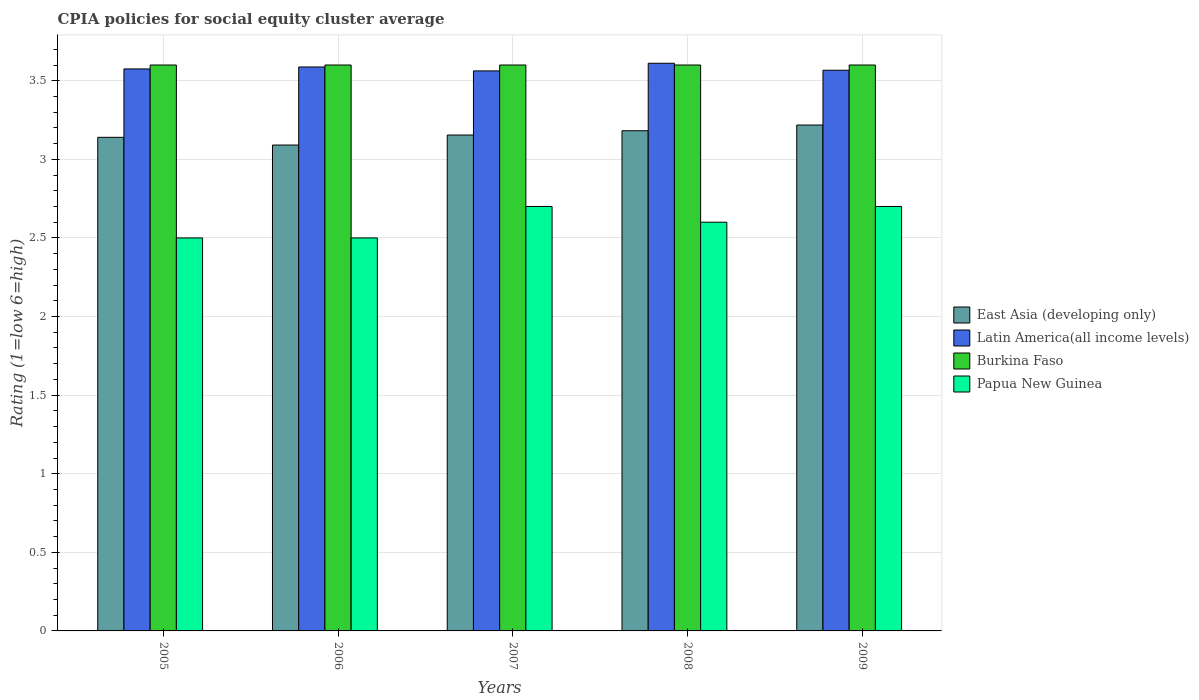
| Years | East Asia (developing only) | Latin America(all income levels) | Burkina Faso | Papua New Guinea |
 | --- | --- | --- | --- | --- |
 | 2005 | 3.14 | 3.58 | 3.6 | 2.5 |
 | 2006 | 3.09 | 3.59 | 3.6 | 2.5 |
 | 2007 | 3.15 | 3.56 | 3.6 | 2.7 |
 | 2008 | 3.18 | 3.61 | 3.6 | 2.6 |
 | 2009 | 3.22 | 3.57 | 3.6 | 2.7 |